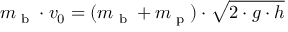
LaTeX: m _ { \textrm { b } } \cdot v _ { 0 } = ( m _ { \textrm { b } } + m _ { \textrm { p } } ) \cdot { \sqrt { 2 \cdot g \cdot h } }